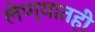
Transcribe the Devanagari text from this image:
लेण्यातही